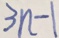
3 n - 1